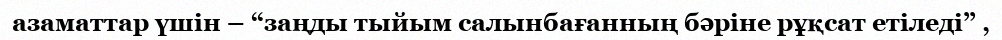
азаматтар үшін – “заңды тыйым салынбағанның бәріне рұқсат етіледі” ,